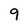
Character: 9